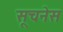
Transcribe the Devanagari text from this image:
सूचनेस